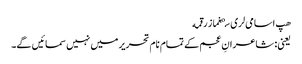
هپ اسامی‌لری سېغماز رقمه
یعنی: شاعرانِ عجم کے تمام نام تحریر میں نہیں سمائیں گے۔